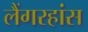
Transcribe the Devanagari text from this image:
लैंगरहांस